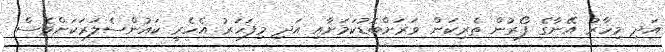
އަދި މިހާރު އޭނާގެ ފޯރުން ތެރިކަން ވަރަށްބޮޑުކަމަށާއި އަދި މިފަހަރު އެހެރީ ކައުންސެލަރަކަށްވެސް